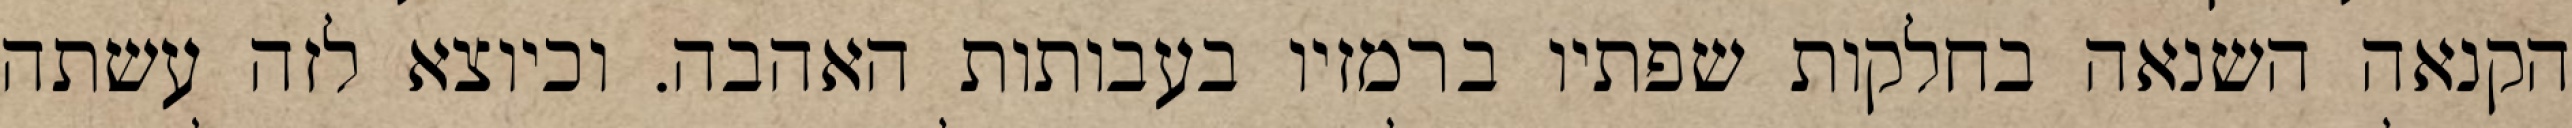
הקנאה השנאה בחלקות שפתיו ברמזיו בעבותות האהבה. וכיוצא לזה עשתה